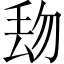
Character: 𱍘